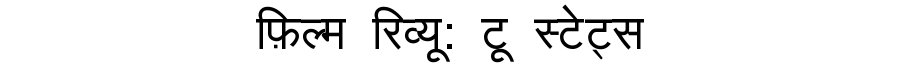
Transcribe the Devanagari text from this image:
फ़िल्म रिव्यू: टू स्टेट्स